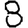
Digit: 8